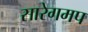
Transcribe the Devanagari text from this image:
सारेगमप